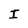
Character: I